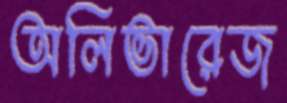
অলিভারেজ